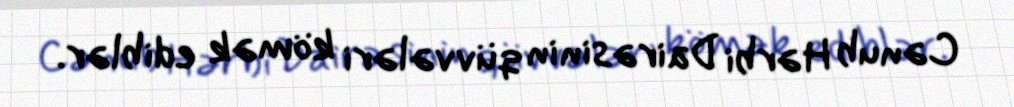
Cənub Hərbi Dairəsinin qüvvələri kömək ediblər.